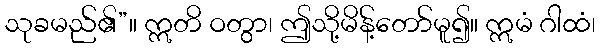
သုခမည်၏”။ ဣတိ ဝတွာ၊ ဤသို့မိန့်တော်မူ၍။ ဣမံ ဂါထံ၊